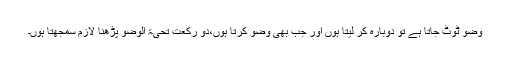
وضو ٹوٹ جاتا ہے تو دوبارہ کر لیتا ہوں اور جب بھی وضو کرتا ہوں،دو رکعت تحیۃ الوضو پڑھنا لازم سمجھتا ہوں۔